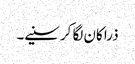
ذرا کان لگا کر سنیے۔